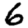
Digit: 6